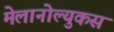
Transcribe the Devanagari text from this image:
मेलानोल्युकस